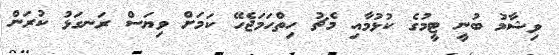
ވިޝާމު ބުނީ ޓީމުގެ ކުޅުމާއި މެޗު ހިތްހަމަޖެހޭ ކަމަށް ވިޔަސް ރަނގަޅު ކުރަން